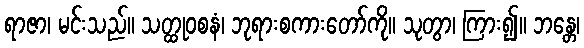
ရာဇာ၊ မင်းသည်။ သတ္ထုဝစနံ၊ ဘုရားစကားတော်ကို။ သုတွာ၊ ကြား၍။ ဘန္တေ၊